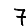
Digit: 7